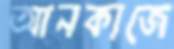
আনকাজে